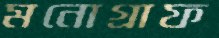
মনোগ্রাফ